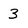
Character: 3